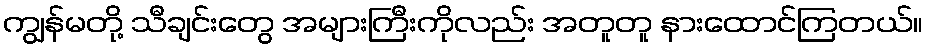
ကျွန်မတို့ သီချင်းတွေ အများကြီးကိုလည်း အတူတူ နားထောင်ကြတယ်။